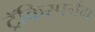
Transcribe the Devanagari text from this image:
ट्रॅकिस्पर्मम